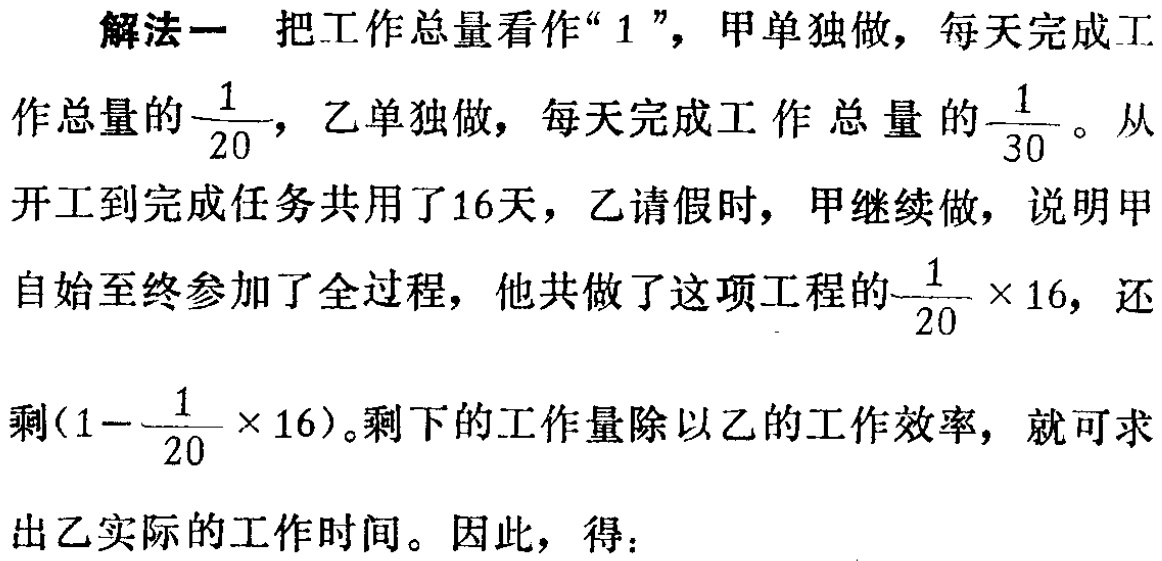
解法一 把工作总量看作“$1$”，甲单独做，每天完成工作总量的$\frac{1}{20}$，乙单独做，每天完成工作总量的$\frac{1}{30}$。从开工到完成任务共用了16天，乙请假时，甲继续做，说明甲自始至终参加了全过程，他共做了这项工程的$\frac{1}{20} \times 16$，还剩$(1 - \frac{1}{20} \times 16)$。剩下的工作量除以乙的工作效率，就可求出乙实际的工作时间。因此，得：